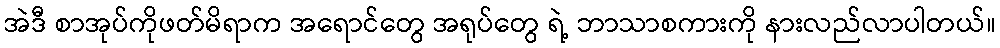
အဲဒီ စာအုပ်ကိုဖတ်မိရာက အရောင်တွေ အရုပ်တွေ ရဲ့ ဘာသာစကားကို နားလည်လာပါတယ်။